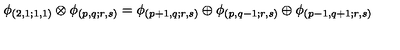
\phi _ { ( 2 , 1 ; 1 , 1 ) } \otimes \phi _ { ( p , q ; r , s ) } = \phi _ { ( p + 1 , q ; r , s ) } \oplus \phi _ { ( p , q - 1 ; r , s ) } \oplus \phi _ { ( p - 1 , q + 1 ; r , s ) }